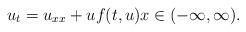
LaTeX: \begin{align*}u_t=u_{xx}+uf(t,u) x\in(-\infty,\infty).\end{align*}